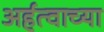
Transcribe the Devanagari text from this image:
अर्हत्वाच्या